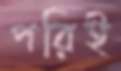
পরিই